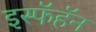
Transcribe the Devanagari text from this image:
इस्फॅहॅन